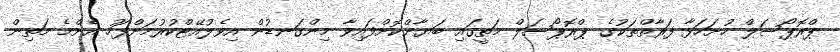
ޕްރޮޕޯސަލް ހުށަހަޅާ ފަރާތްތަކުގެ ޕްރޮޕޯސަލް މަތީގައި ބަޔާންކޮށްފައިވާ މިންގަނޑުން އިވެލުއޭޓްކުރުމަށްފަހު އެންމެ މަތިން